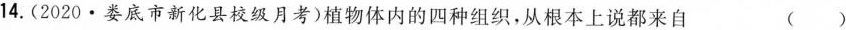
14.(2020·娄底市新化县校级月考)植物体内的四种组织，从根本上说都来自 ()